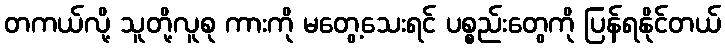
တကယ်လို့ သူတို့လူစု ကားကို မတွေ့သေးရင် ပစ္စည်းတွေကို ပြန်ရနိုင်တယ်